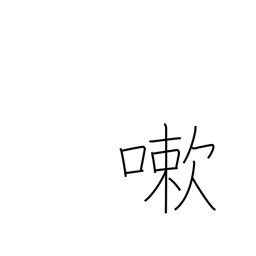
Meaning: wash